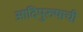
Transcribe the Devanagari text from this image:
आदिपुरुषाची